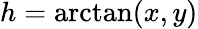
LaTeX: h=\arctan(x,y)